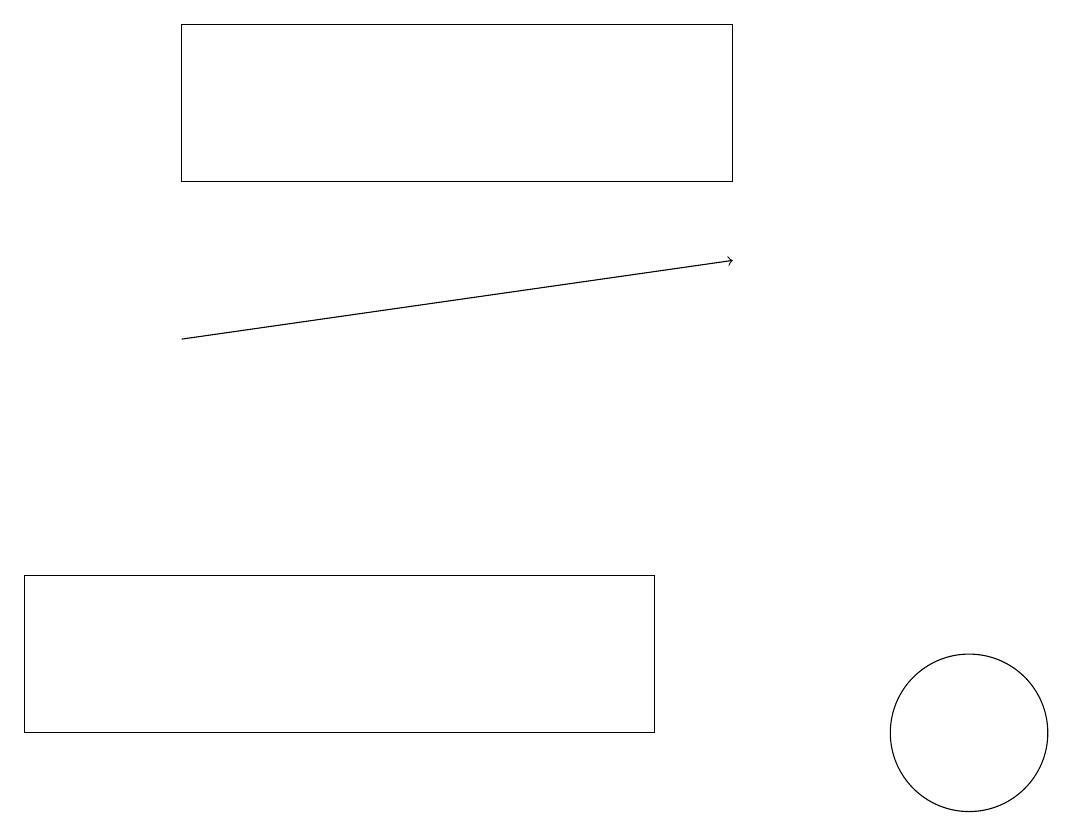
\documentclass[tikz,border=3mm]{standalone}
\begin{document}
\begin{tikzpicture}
\draw (12,10) circle (1);
\draw[->] (2,15) -- (9,16);
\draw (8,10) rectangle (0,12);
\draw (2,12) rectangle (0,12);
\draw (9,17) rectangle (2,19);
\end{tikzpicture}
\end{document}